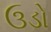
ઉડો